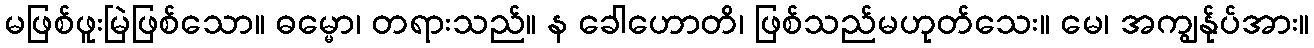
မဖြစ်ဖူးမြဲဖြစ်သော။ ဓမ္မော၊ တရားသည်။ န ခေါဟောတိ၊ ဖြစ်သည်မဟုတ်သေး။ မေ၊ အကျွန်ုပ်အား။